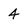
Character: 4